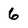
Character: 6